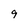
Character: 9